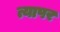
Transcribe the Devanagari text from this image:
त्यापर